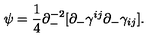
\psi = \frac { 1 } { 4 } \partial _ { - } ^ { - 2 } [ \partial _ { - } \gamma ^ { i j } \partial _ { - } \gamma _ { i j } ] .